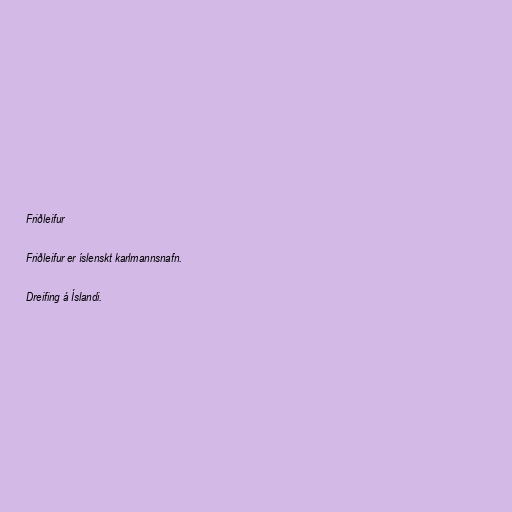
Friðleifur

Friðleifur er íslenskt karlmannsnafn.

Dreifing á Íslandi.